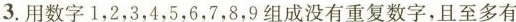
3.用数字1，2，3，4，5，6，7，8，9组成没有重复数字，且至多有